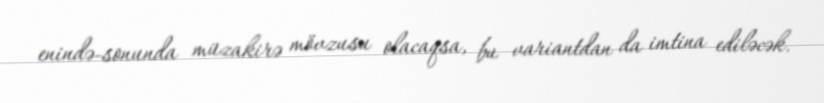
enində-sonunda müzakirə mövzusu olacaqsa, bu variantdan da imtina ediləcək.